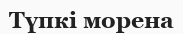
Түпкі морена